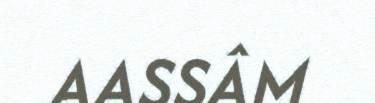
AASSÂM